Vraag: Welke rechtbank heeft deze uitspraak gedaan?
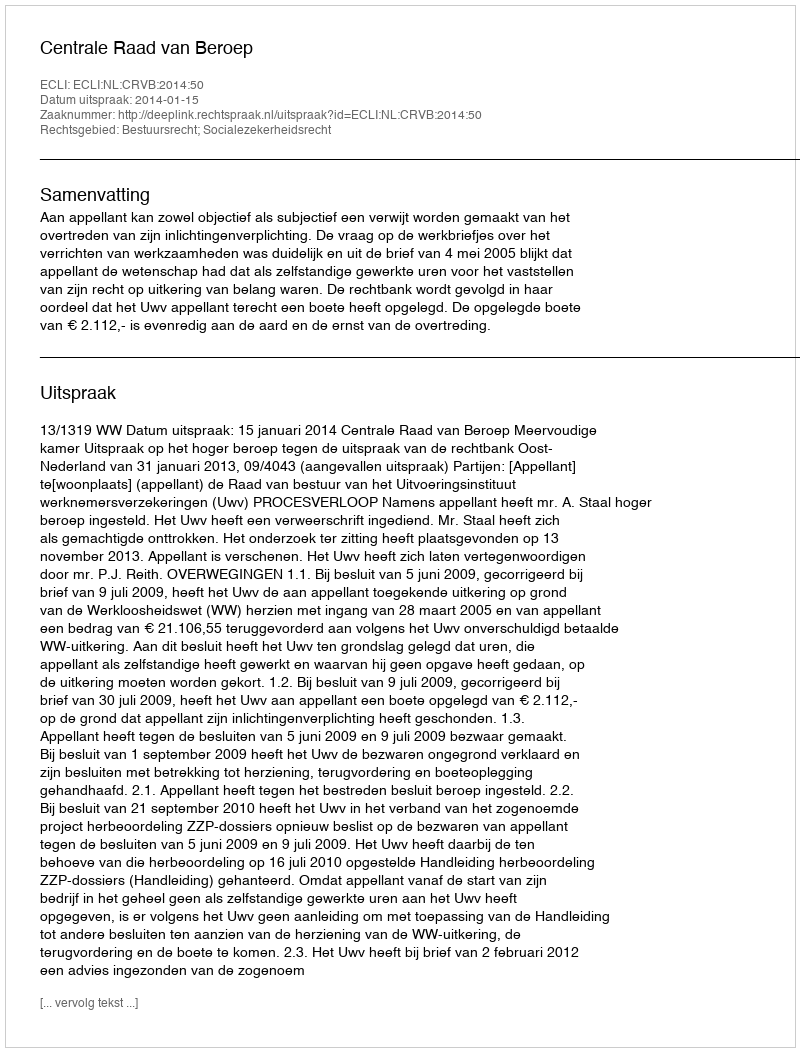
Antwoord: Centrale Raad van Beroep